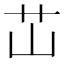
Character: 𬜡